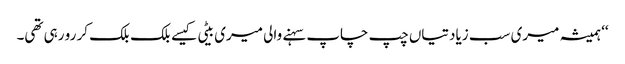
‘‘ ہمیشہ میری سب زیادتیاں چپ چاپ سہنے والی میری بیٹی کیسے بلک بلک کر رو رہی تھی۔